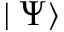
\mid \Psi \rangle